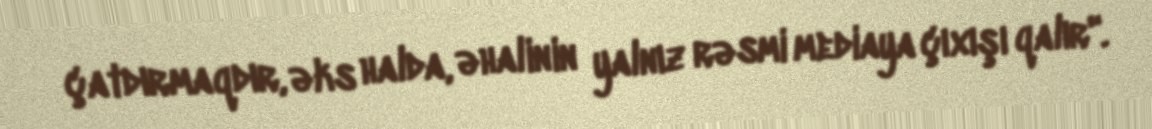
çatdırmaqdır, əks halda, əhalinin yalnız rəsmi mediaya çıxışı qalır".